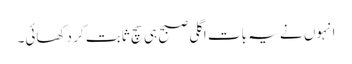
انہوں نے یہ بات اگلی صبح ہی سچ ثابت کر دکھائی۔